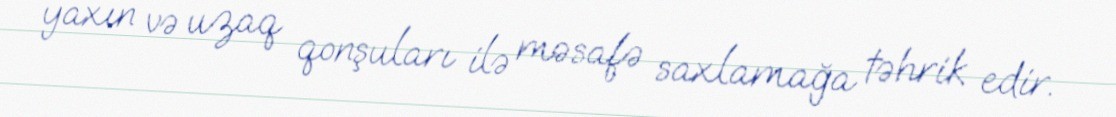
yaxın və uzaq qonşuları ilə məsafə saxlamağa təhrik edir.